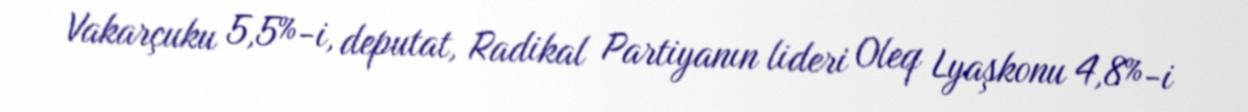
Vakarçuku 5,5%-i, deputat, Radikal Partiyanın lideri Oleq Lyaşkonu 4,8%-i